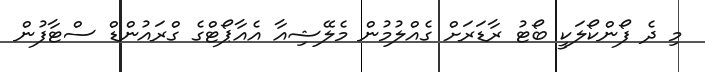
މި ދެ ފޯންކޯލަކީ ބޯޓު ރާޑަރަށް ގެއްލުމުން މެލޭޝިއާ އެއާޕޯޓްގެ ގްރައުންޑް ސްޓާފުން